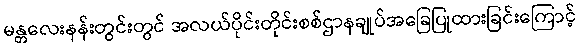
မန္တလေးနန်းတွင်းတွင် အလယ်ပိုင်းတိုင်းစစ်ဌာနချုပ်အခြေပြုထားခြင်းကြောင့်